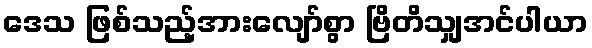
ဒေသ ဖြစ်သည့်အားလျော်စွာ ဗြိတိသျှအင်ပါယာ